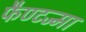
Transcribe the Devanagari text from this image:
फैण्टज्मा